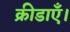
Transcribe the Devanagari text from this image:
क्रीडाएँ।